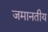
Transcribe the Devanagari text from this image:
जमानतीय